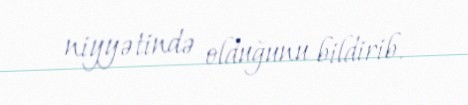
niyyətində olduğunu bildirib.